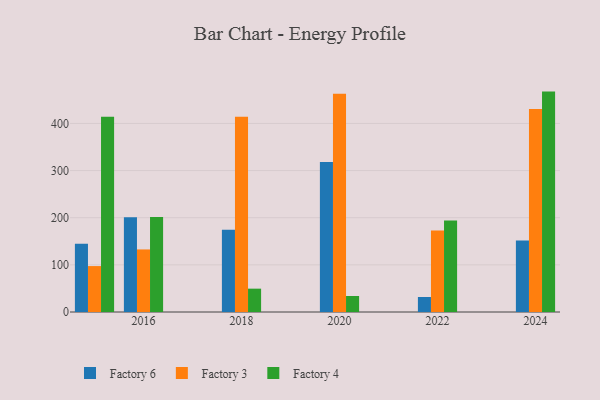
{"axis": {"x": "Year", "y": "Budget (USD K)"}, "legend": ["Factory 3", "Factory 4", "Factory 6"], "data": [{"x": "2022", "y": 31.8, "type": "Factory 6"}, {"x": "2022", "y": 172.8, "type": "Factory 3"}, {"x": "2022", "y": 194.0, "type": "Factory 4"}, {"x": "2018", "y": 174.6, "type": "Factory 6"}, {"x": "2018", "y": 414.1, "type": "Factory 3"}, {"x": "2018", "y": 49.5, "type": "Factory 4"}, {"x": "2015", "y": 144.7, "type": "Factory 6"}, {"x": "2015", "y": 97.4, "type": "Factory 3"}, {"x": "2015", "y": 413.9, "type": "Factory 4"}, {"x": "2016", "y": 201.2, "type": "Factory 6"}, {"x": "2016", "y": 132.7, "type": "Factory 3"}, {"x": "2016", "y": 201.6, "type": "Factory 4"}, {"x": "2020", "y": 318.4, "type": "Factory 6"}, {"x": "2020", "y": 463.2, "type": "Factory 3"}, {"x": "2020", "y": 34.0, "type": "Factory 4"}, {"x": "2024", "y": 151.9, "type": "Factory 6"}, {"x": "2024", "y": 430.5, "type": "Factory 3"}, {"x": "2024", "y": 467.5, "type": "Factory 4"}]}